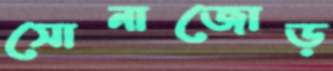
সোনাজোড়